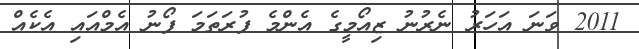
2011 ވަނަ އަހަރު ނެރުނު ޒިއޯމީގެ އެންމެ ފުރަތަމަ ފޯނު އެމްއައި އެކެއް